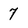
Character: 7